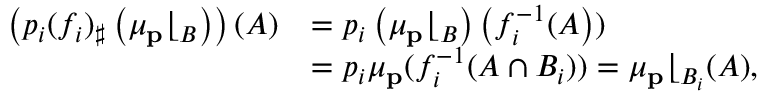
\begin{array} { r l } { \left( p _ { i } ( { f _ { i } } ) _ { \sharp } \left( \mu _ { \mathbf { p } } \lfloor _ { B } \right) \right) ( A ) } & { = p _ { i } \left( \mu _ { \mathbf { p } } \lfloor _ { B } \right) \left( f _ { i } ^ { - 1 } ( A \right) ) } \\ & { = p _ { i } \mu _ { \mathbf { p } } ( f _ { i } ^ { - 1 } ( A \cap B _ { i } ) ) = \mu _ { \mathbf { p } } \lfloor _ { B _ { i } } ( A ) , } \end{array}